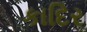
કાદિર